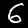
Digit: 6